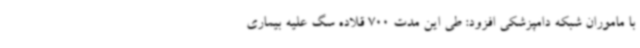
با ماموران شبکه دامپزشکی افزود: طی این مدت 700 قلاده سگ علیه بیماری